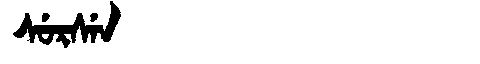
Manchu: ᠰᡠᡵᠰᡝᠨ
Romanization: SURSEN